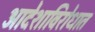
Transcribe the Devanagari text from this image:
आदेशाविरोधात